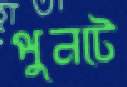
পুনটে